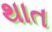
થાત